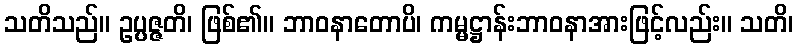
သတိသည်။ ဥပ္ပဇ္ဇတိ၊ ဖြစ်၏။ ဘာဝနာတောပိ၊ ကမ္မဋ္ဌာန်းဘာဝနာအားဖြင့်လည်း။ သတိ၊